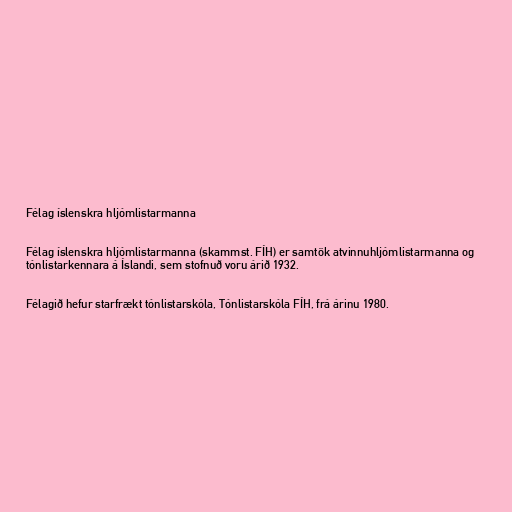
Félag íslenskra hljómlistarmanna

Félag íslenskra hljómlistarmanna (skammst. FÍH) er samtök atvinnuhljómlistarmanna og
tónlistarkennara á Íslandi, sem stofnuð voru árið 1932.

Félagið hefur starfrækt tónlistarskóla, Tónlistarskóla FÍH, frá árinu 1980.